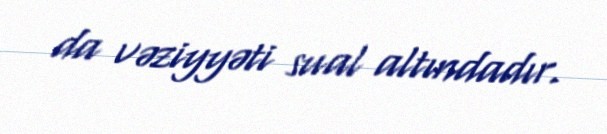
da vəziyyəti sual altındadır.